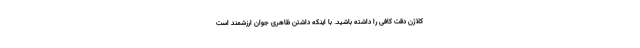
کلاژن دقت کافی را داشته باشید. با اینکه داشتن ظاهری جوان ارزشمند است